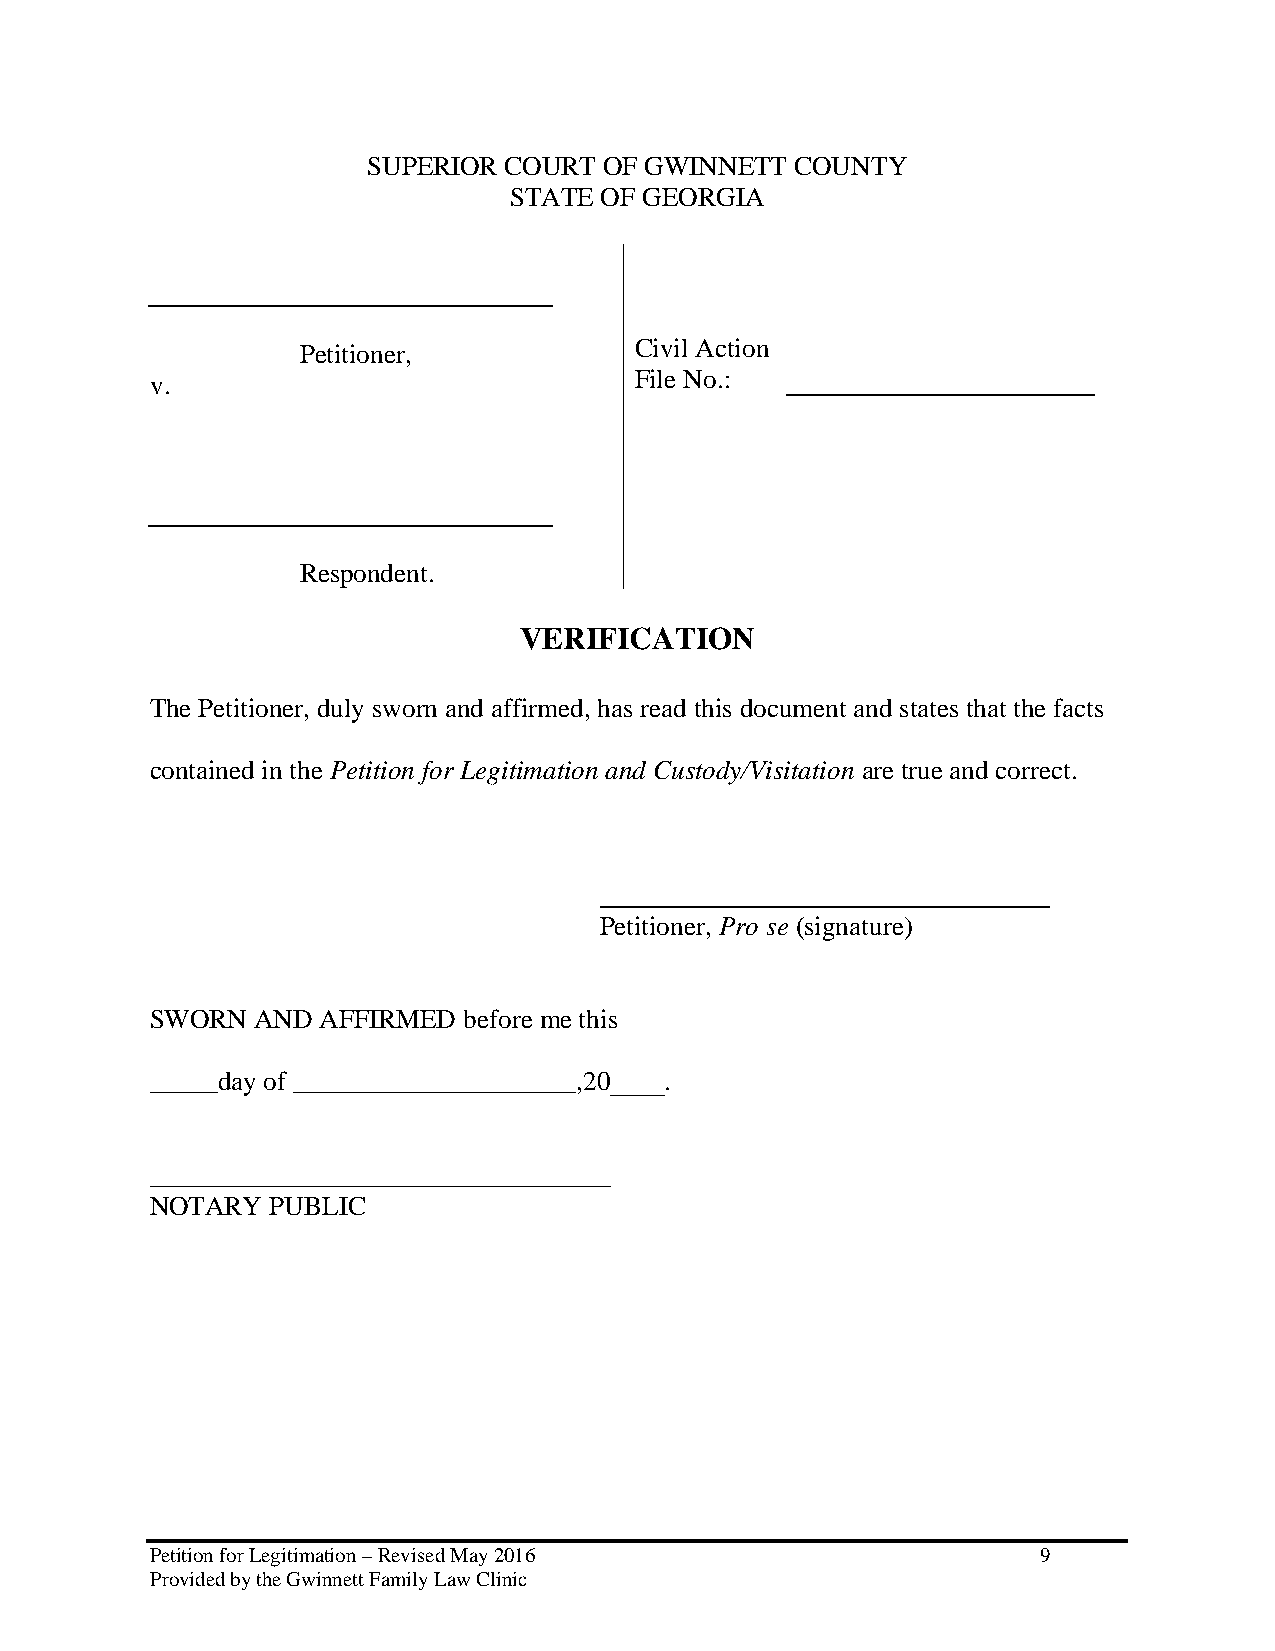
SUPERIOR COURT  OF GWINNETT  COUNTY
 STATE OF GEORGIA
 Civil Action
 Petitioner,
 v.                              File No.:
 Respondent.
 VERIFICATION
 The Petitioner, duly sworn and affirmed, has read this document and states that the facts
 contained in the Petition for Legitimation and Custody/Visitation are true and correct.
 Petitioner, Pro se (signature)
 SWORN  AND AFFIRMED  before me this
 _____day of _____________________,20____.
 __________________________________
 NOTARY  PUBLIC
 Petition for Legitimation – Revised May 2016               9
 Provided by the Gwinnett Family Law Clinic